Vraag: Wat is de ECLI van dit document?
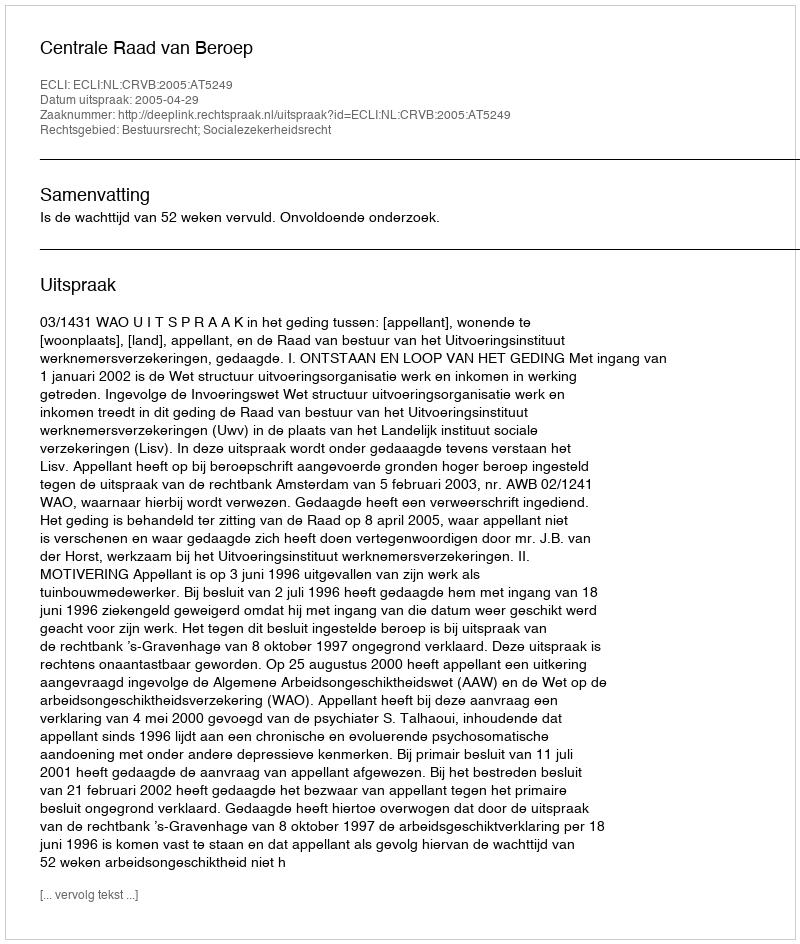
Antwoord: ECLI:NL:CRVB:2005:AT5249